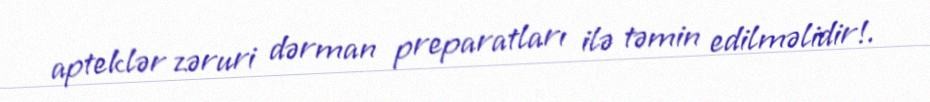
apteklər zəruri dərman preparatları ilə təmin edilməlidir!.